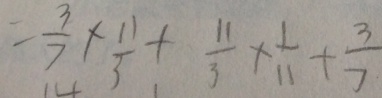
= \frac { 3 } { 7 } \times \frac { 1 1 } { 3 } + \frac { 1 1 } { 3 } \times \frac { 1 } { 1 1 } + \frac { 3 } { 7 }